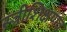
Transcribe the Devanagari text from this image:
स्त्रीशिक्षणव